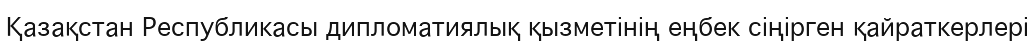
Қазақстан Республикасы дипломатиялық қызметінің еңбек сіңірген қайраткерлері